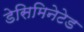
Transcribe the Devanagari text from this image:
डेसिमिनेटेड